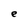
Character: e